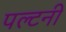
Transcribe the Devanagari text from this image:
पल्टनी